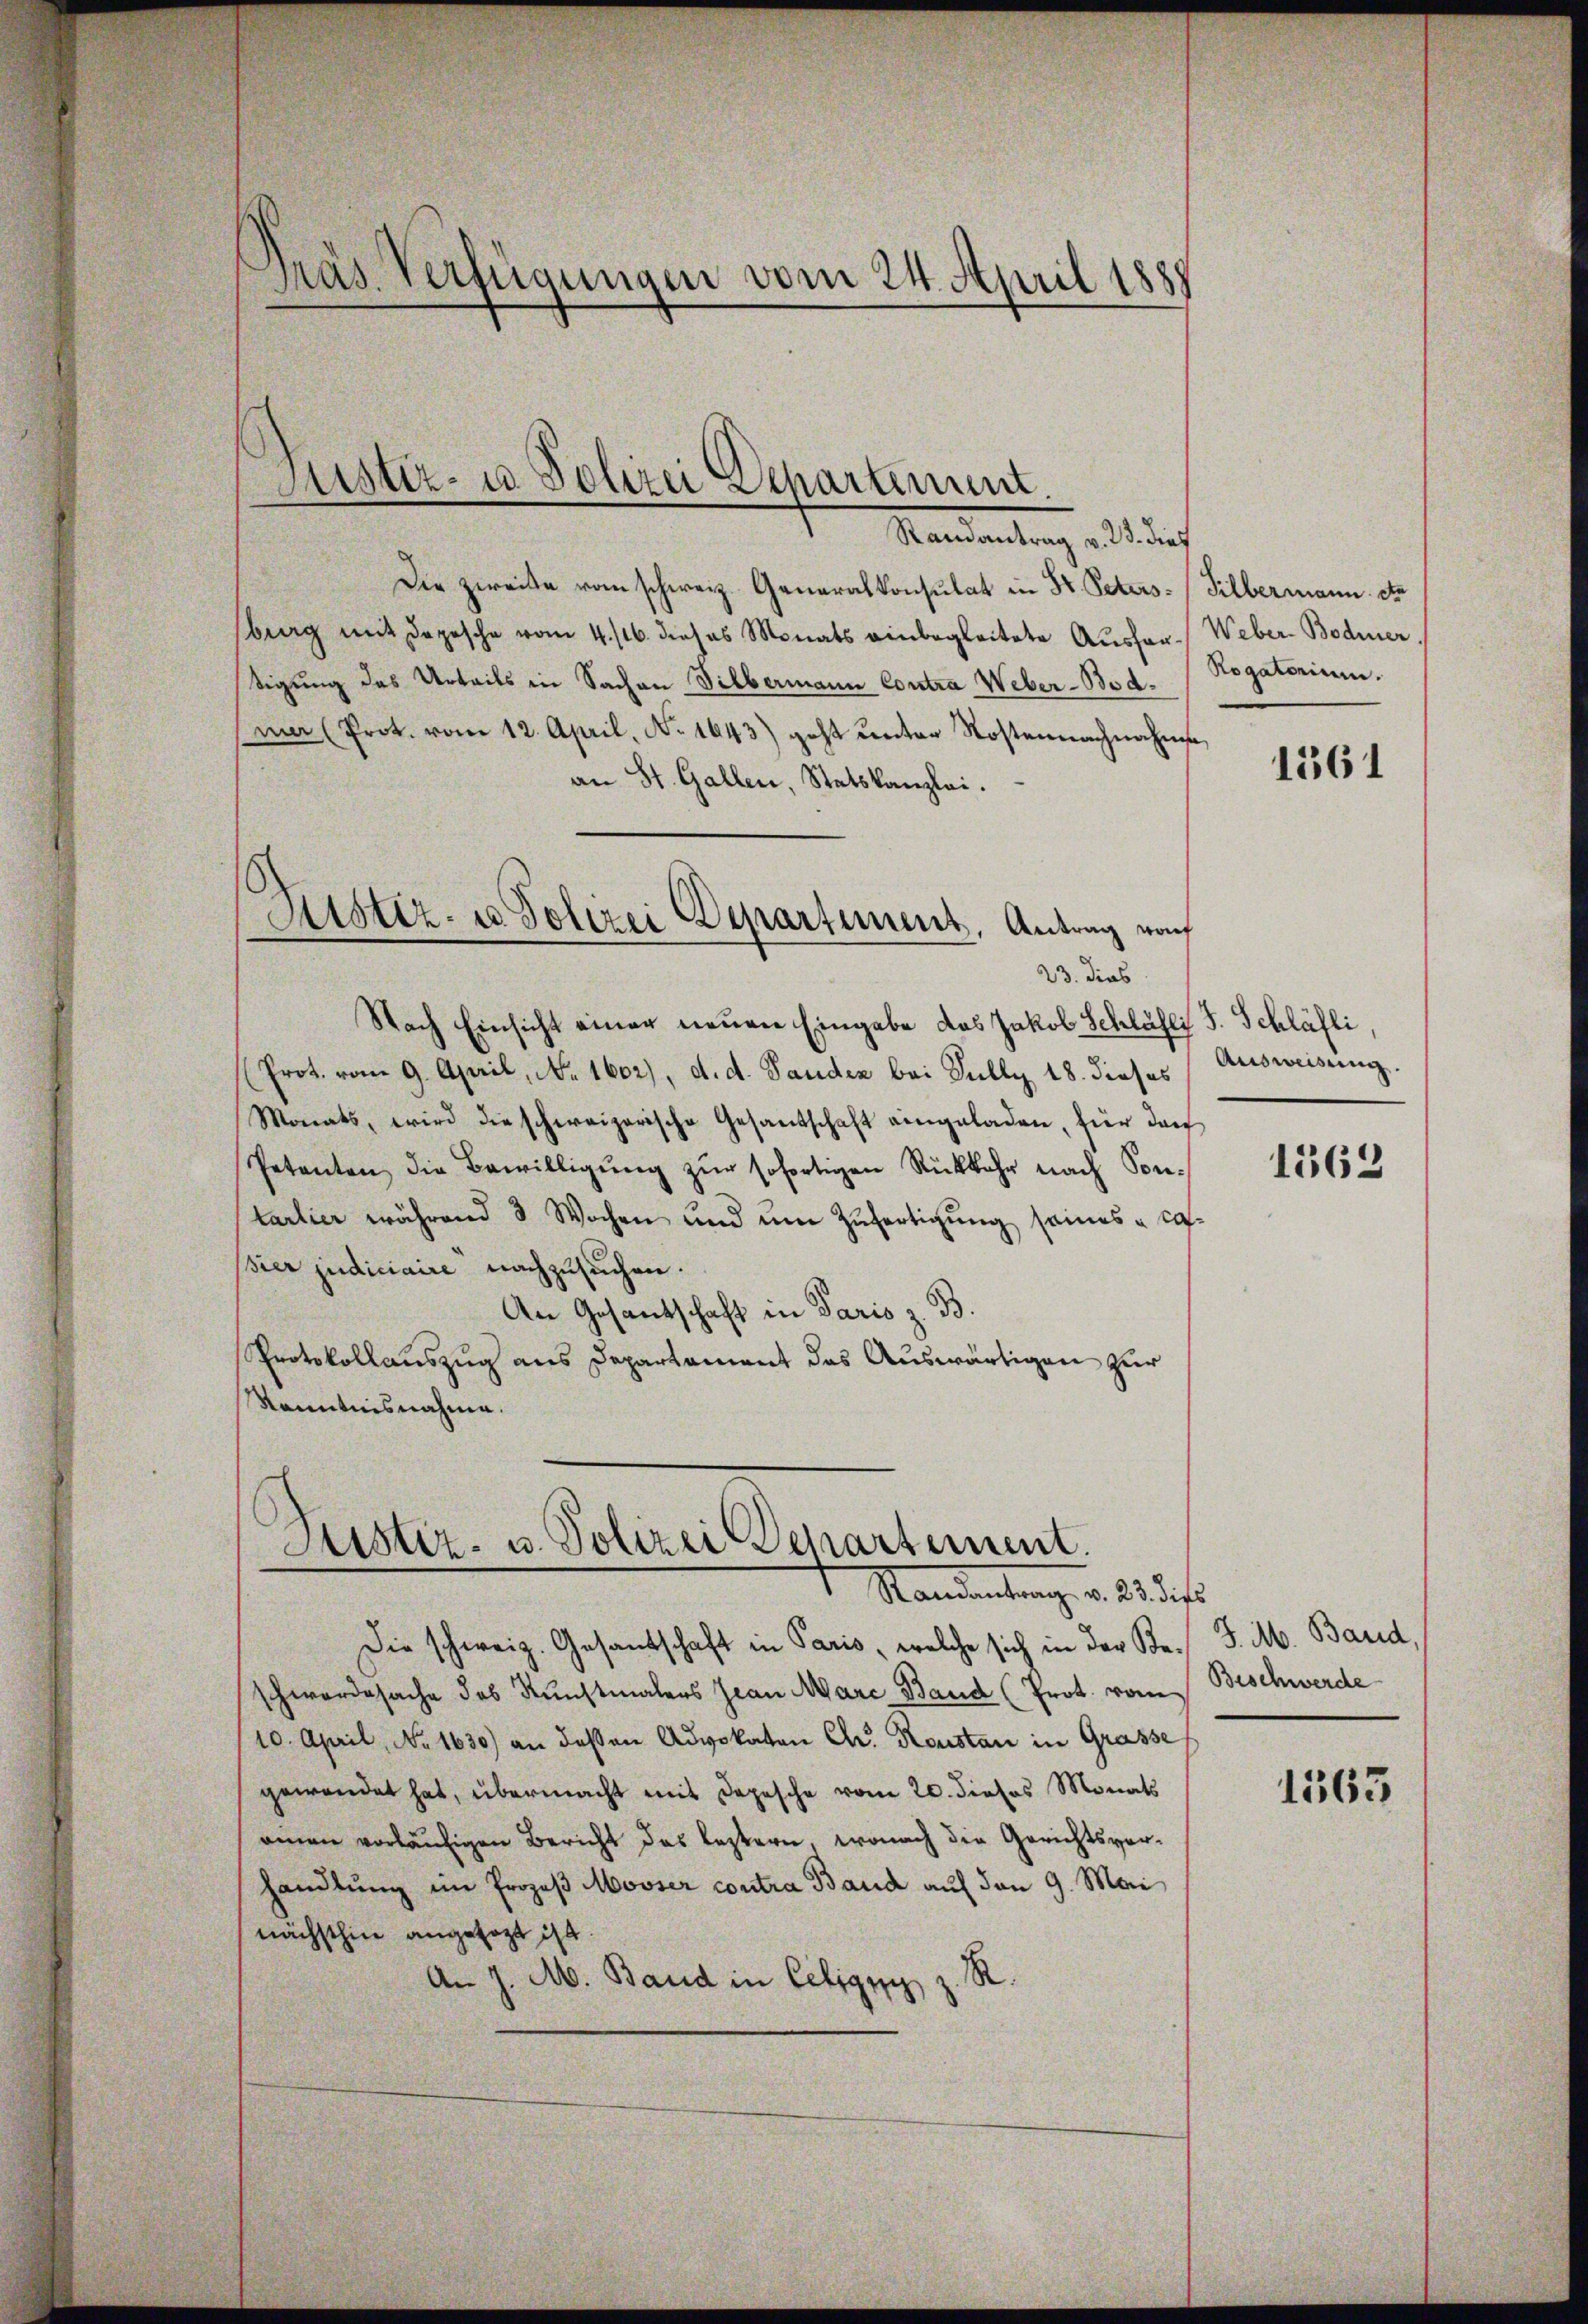
Präs. Verfügungen vom 24. April 1888

Randantrag v. 23. dies
Die zweite vom schweiz. Generalkonsulat in Hr. Petersberg mit Depesche vom 4./16. dieses Monats einbegleitete Ausfer¬
Sigung des Urteils in Sachen Silbermann Contra Weber-Bodmar (Prot. vom 12. April, No. 1643) geht unter Kostennachnahm
an St. Gallen, Statskanzlei.
23. dies
Nach Einsicht einer neuen Eingabe das Jakob Schläfli S. Schläfli,
Prot. vom 9. April, No. 1602), d. d. Sanden bei Fully 18. dieses
Monats, wird die schweizerische Gesandschaft eingeladen, für das
Petenten, die Bewilligŭng zŭr sofortigen Rückkehr nach Sontartier während 3 Wochen und ŭm Zŭfertigung seines ca
sier judiciaire nachzusuchen.
An Gesantschaft in Paris z. B.
Protokollauszug aus Departement das Auswärtigen zur
Kenntnisnahme.

Sistiz- u Polizei Departement.

Astiz- u Polizei Departement, Antrag rof

Sistiz- u. Polizei Departement.
Mandantrag v. 25. dies

Die schweiz. Gesandtschaft in Paris, welche sich in der Reschwerdesache des Kunstmalers Jean Marc Band (Prot. vom
10. April, No 1630) an deßen Advokaten Chr. Roustan in Grasse
gewendet hat, übermacht mit Depesche vom 20. dieses Monats
einen vorläufigen Bericht das leztern, wonach die Gerichtsverhandlung im Prozeß Mosser contra Band auf den 9. Mai
nächsthin angesagt ist.
1
An J. M. Band in Celigi

Silbermann Ste
Weber Bodmer.
Rogatorium.

1561

Ausweisung.

1563

J. M. Band,
Beschwerde

1563